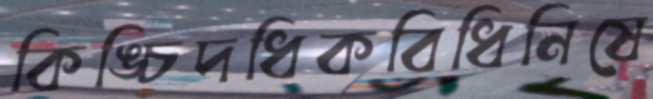
কিঙ্চিদধিকবিধিনিষে